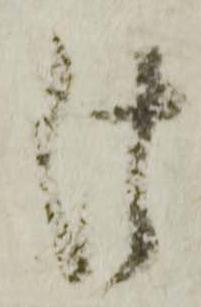
法